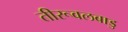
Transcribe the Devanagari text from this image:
तीरूवलबाडु